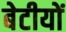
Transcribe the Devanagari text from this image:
बेटीयों